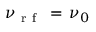
\nu _ { \mathrm { ~ r ~ f ~ } } \, = \, \nu _ { 0 }